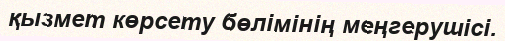
қызмет көрсету бөлімінің меңгерушісі.